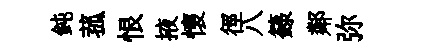
鈍菰恨掖懷徑八籙鄰弥